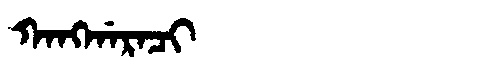
Manchu: ᡴᠠᠩᡤᠠᡵᠠᠴᡳ
Romanization: KANGGARACI